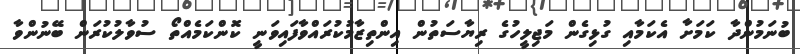
ބުނަމުންދާ ކަމަށާ އެކަމާއި ގުޅިގެން މަޖިލީހުގެ ރިޔާސަތުން އިންތިޒާމުކުރައްވާފައިވަނީ ކޮންކަމެއްތޯ ސުވާލުކުރަން ބޭނުންވާ